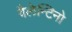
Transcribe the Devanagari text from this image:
वैलेन्टिनो